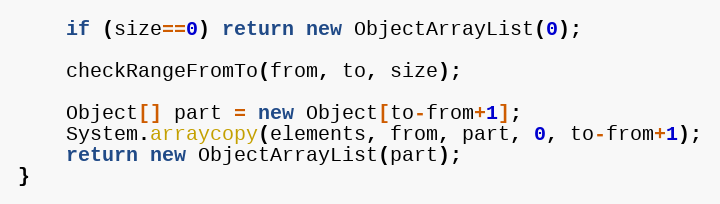
Language: Java
	if (size==0) return new ObjectArrayList(0);

	checkRangeFromTo(from, to, size);

	Object[] part = new Object[to-from+1];
	System.arraycopy(elements, from, part, 0, to-from+1);
	return new ObjectArrayList(part);
}